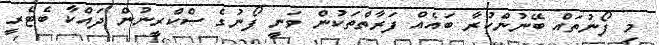
މި ފޯނުތައް ބޭނުންކުރާ ބައެއް ފަރާތްތަކުން ވަނީ ފޯނުގެ ސްކްރީނުން ދައްކާ ބެޓެރީ